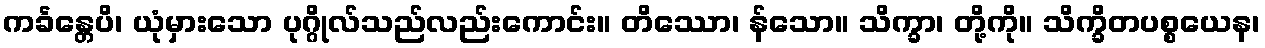
ကင်္ခန္တေပိ၊ ယုံမှားသော ပုဂ္ဂိုလ်သည်လည်းကောင်း။ တိဿော၊ န်သော။ သိက္ခာ၊ တို့ကို။ သိက္ခိတပစ္စယေန၊